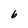
Character: 6